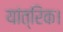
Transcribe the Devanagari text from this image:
यांत्रिक।